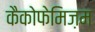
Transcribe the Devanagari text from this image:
कैकोफेमिज़म